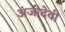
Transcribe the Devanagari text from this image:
अंजीदेवी